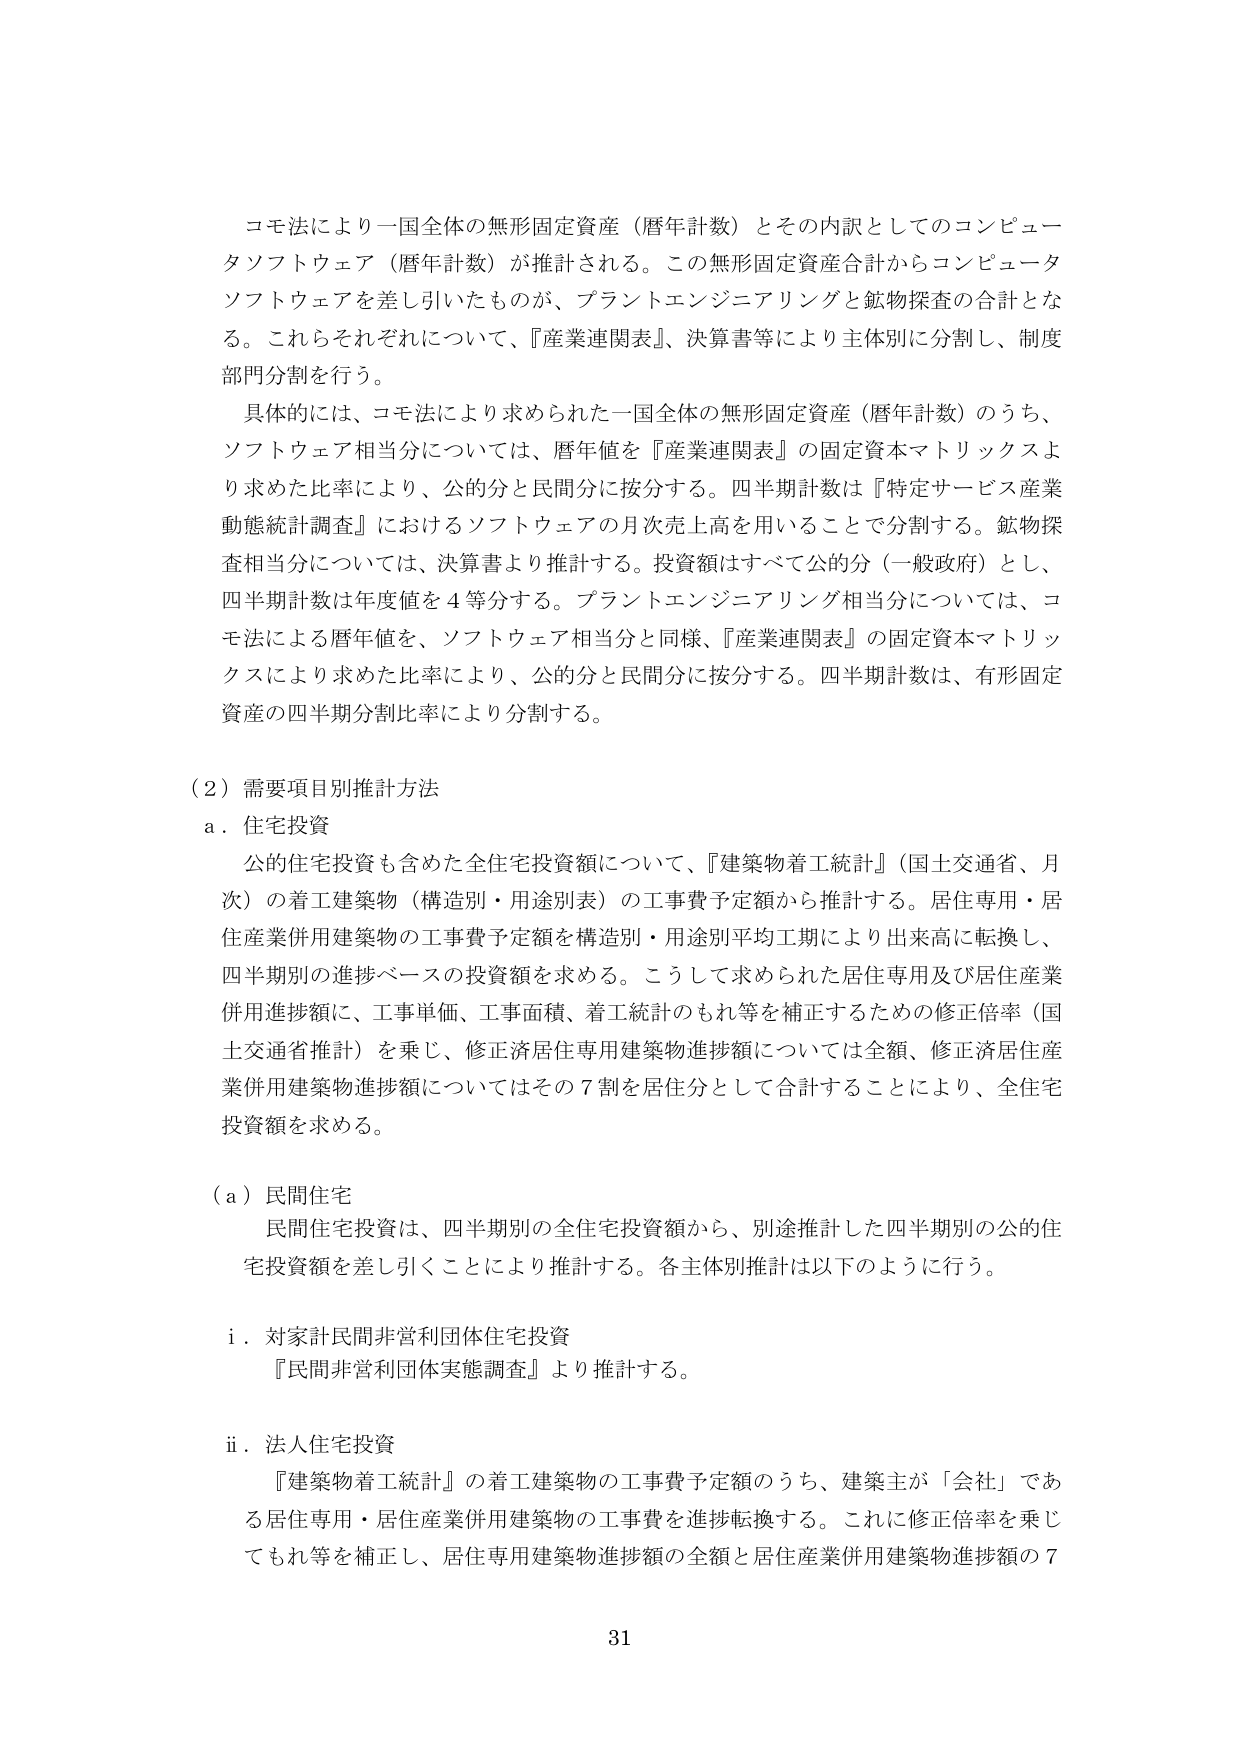
コモ法により一国全体の無形固定資産（暦年計数）とその内訳としてのコンピュータソフトウェア（暦年計数）が推計される。この無形固定資産合計からコンピュータソフトウェアを差し引いたものが、プラントエンジニアリングと鉱物探査の合計となる。これらそれぞれについて、『産業連関表』、決算書等により主体別に分割し、制度部門分割を行う。

具体的には、コモ法により求められた一国全体の無形固定資産（暦年計数）のうち、ソフトウェア相当分については、暦年値を『産業連関表』の固定資本マトリックスより求めた比率により、公的分と民間分に按分する。四半期計数は『特定サービス産業動態統計調査』におけるソフトウェアの月次売上高を用いることで分割する。鉱物探査相当分については、決算書より推計する。投資額はすべて公的分（一般政府）とし、四半期計数は年度値を4等分する。プラントエンジニアリング相当分については、コモ法による暦年値を、ソフトウェア相当分と同様、『産業連関表』の固定資本マトリックスにより求めた比率により、公的分と民間分に按分する。四半期計数は、有形固定資産の四半期分割比率により分割する。

（2）需要項目別推計方法
a．住宅投資
　　公的住宅投資も含めた全住宅投資額について、『建築物着工統計』（国土交通省、月次）の着工建築物（構造別・用途別表）の工事費予定額から推計する。居住専用・居住産業併用建築物の工事費予定額を構造別・用途別平均工期により出来高に転換し、四半期別の進捗ベースの投資額を求める。こうして求められた居住専用及び居住産業併用進捗額に、工事単価、工事面積、着工統計のどれ等を補正するための修正倍率（国土交通省推計）を乗じ、修正済居住専用建築物進捗額については全額、修正済居住産業併用建築物進捗額についてはその7割を居住分として合計することにより、全住宅投資額を求める。

（a）民間住宅
　　民間住宅投資は、四半期別の全住宅投資額から、別途推計した四半期別の公的住宅投資額を差し引くことにより推計する。各主体別推計は以下のように行う。

i．対家計民間非営利団体住宅投資
　　『民間非営利団体実態調査』より推計する。

ii．法人住宅投資
　　『建築物着工統計』の着工建築物の工事費予定額のうち、建築主が「会社」である居住専用・居住産業併用建築物の工事費を進捗転換する。これに修正倍率を乗じてもれ等を補正し、居住専用建築物進捗額の全額と居住産業併用建築物進捗額の7

31